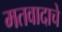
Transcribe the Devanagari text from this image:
मतवादाचे